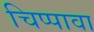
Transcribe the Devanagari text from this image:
चिप्पावा